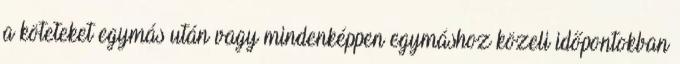
a köteteket egymás után vagy mindenképpen egymáshoz közeli időpontokban